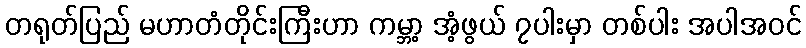
တရုတ်ပြည် မဟာတံတိုင်းကြီးဟာ ကမ္ဘာ့ အံ့ဖွယ် ၇ပါးမှာ တစ်ပါး အပါအဝင်